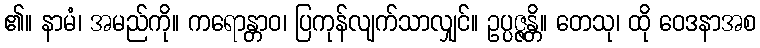
၏။ နာမံ၊ အမည်ကို။ ကရောန္တာဝ၊ ပြကုန်လျက်သာလျှင်။ ဥပ္ပဇ္ဇန္တိ။ တေသု၊ ထို ဝေဒနာအစ